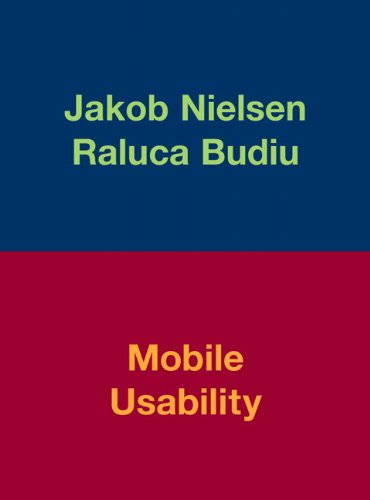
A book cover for Mobile Usability; Jakob Nielsen; Computers & Technology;